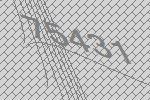
75431